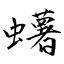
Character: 蠴